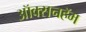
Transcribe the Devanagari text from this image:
ऑक्सनहॅम